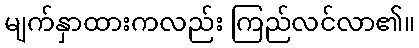
မျက်နှာထားကလည်း ကြည်လင်လာ၏။